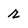
Character: r